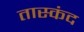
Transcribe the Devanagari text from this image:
तास्कंद